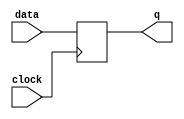
module edge_triggered_latch(
  input data,
  input clock,
  output reg q
);

// Edge-triggered latch implementation
always @(posedge clock) begin
  q <= data;
end

endmodule